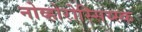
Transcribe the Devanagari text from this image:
नोव्होरोस्सिय्स्क